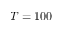
T = 1 0 0